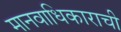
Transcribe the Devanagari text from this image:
मानवाधिकाराची